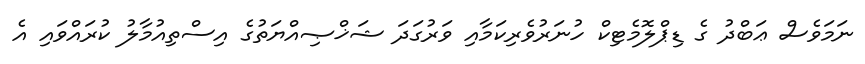
ނަމަވެސް ޢަބްދު ގެ ޑިޕްލޮމެޓިކް ހުނަރުވެރިކަމާއި ވަރުގަދަ ޝަޚްޞިއްޔަތުގެ އިސްތިއުމާލު ކުރައްވައި އެ